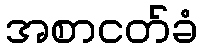
အစာငတ်ခံ